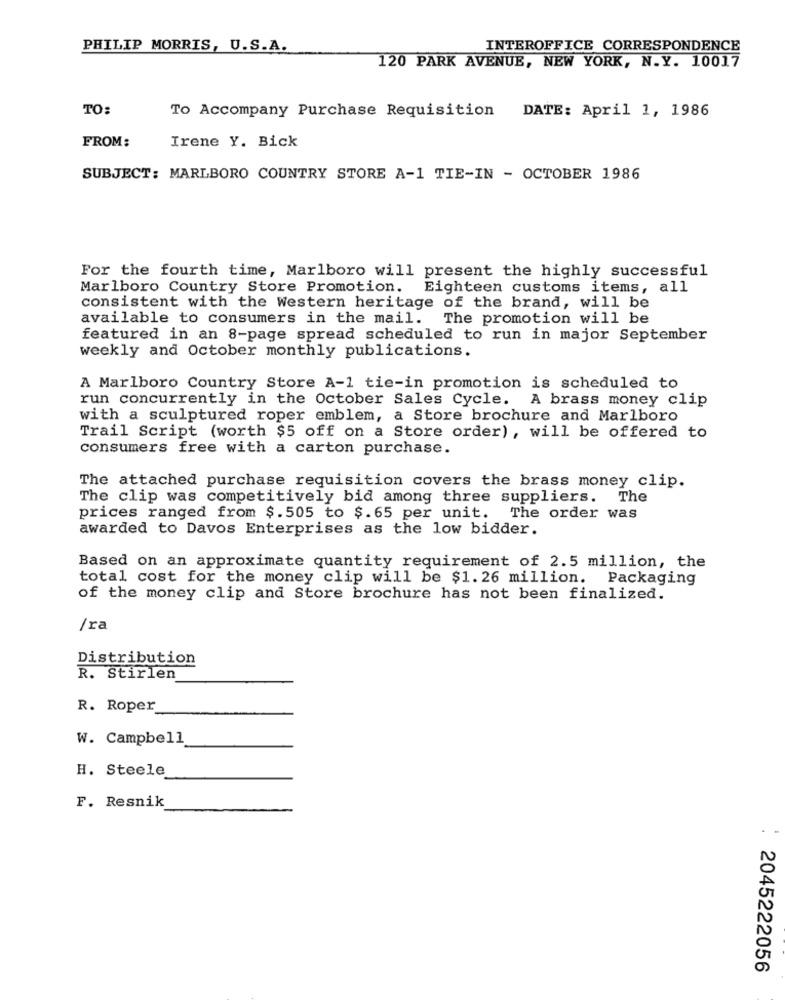
PHILIP MORRIS, U.S.A.
INTEROFFICE CORRESPONDENCE
120 PARK AVENUE, NEW YORK, N.Y. 10017
TO:
To Accompany Purchase Requisition DATE: April 1, 1986
FROM:
Irene Y. Bick
SUBJECT: MARLBORO COUNTRY STORE A-1 TIE-IN - OCTOBER 1986
For the fourth time, Marlboro will present the highly successful
Marlboro Country Store Promotion. Eighteen customs items, all
consistent with the Western heritage of the brand, will be
available to consumers in the mail. The promotion will be
featured in an 8-page spread scheduled to run in major September
weekly and October monthly publications.
A Marlboro Country Store A-1 tie-in promotion is scheduled to
run concurrently in the October Sales Cycle. A brass money clip
with a sculptured roper emblem, a Store brochure and Marlboro
Trail Script (worth $5 off on a Store order), will be offered to
consumers free with a carton purchase.
The attached purchase requisition covers the brass money clip.
The clip was competitively bid among three suppliers. The
prices ranged from $.505 to $. 65 per unit. The order was
awarded to Davos Enterprises as the low bidder.
Based on an approximate quantity requirement of 2.5 million, the
total cost for the money clip will be $1. 26 million.
Packaging
of the money clip and Store brochure has not been finalized.
/ra
Distribution
R. Stirlen
R. Roper
W. Campbell
H. Steele
F. Resnik
2045222056